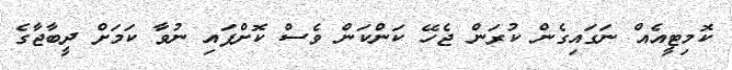
ކޮމިޓީއެއް ނަގައިގެން ކުރަން ޖެހޭ ކަންކަން ވެސް ކޮށްފައި ނުވާ ކަމަށް ދީބާޖާގެ